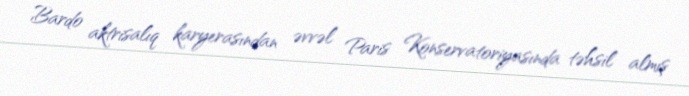
Bardo aktrisalıq karyerasından əvvəl Paris Konservatoriyasında təhsil almış